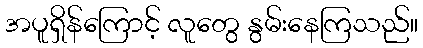
အပူရှိန်ကြောင့် လူတွေ နွမ်းနေကြသည်။